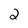
Character: 2